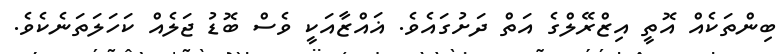
ބިންތަކެއް އޮތީ އިޒްރޭލްގެ އަތް ދަށުގައެވެ. ޣައްޒާއަކީ ވެސް ބޮޑު ޖަލެއް ކަހަލަތަނެކެވެ.